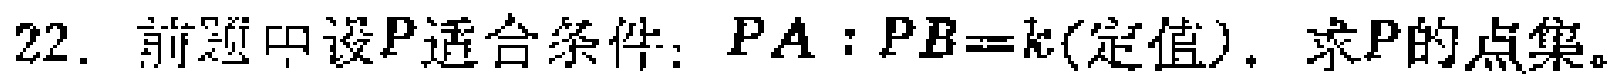
22. 前题中设\(P\)适合条件：\(PA:PB = k(\text{定值})\)，求\(P\)的点集。